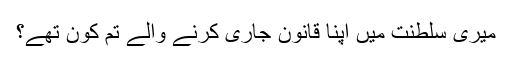
میری سلطنت میں اپنا قانون جاری کرنے والے تم کون تھے؟